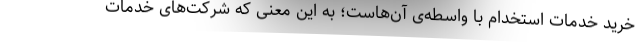
خرید خدمات استخدام با واسطه‌ی آن‌هاست؛ به این معنی که شرکت‌های خدمات